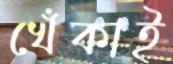
খেঁকাই